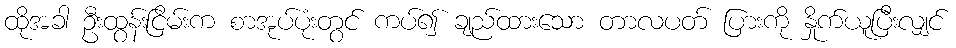
ထိုအခါ ဦးထွန်းငြိမ်းက စာအုပ်ပုံးတွင် ကပ်၍ ချည်ထားသော တာလပတ် ပြားကို နှိုက်ယူပြီးလျှင်